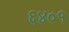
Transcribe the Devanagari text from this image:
६४०१